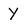
Character: Y